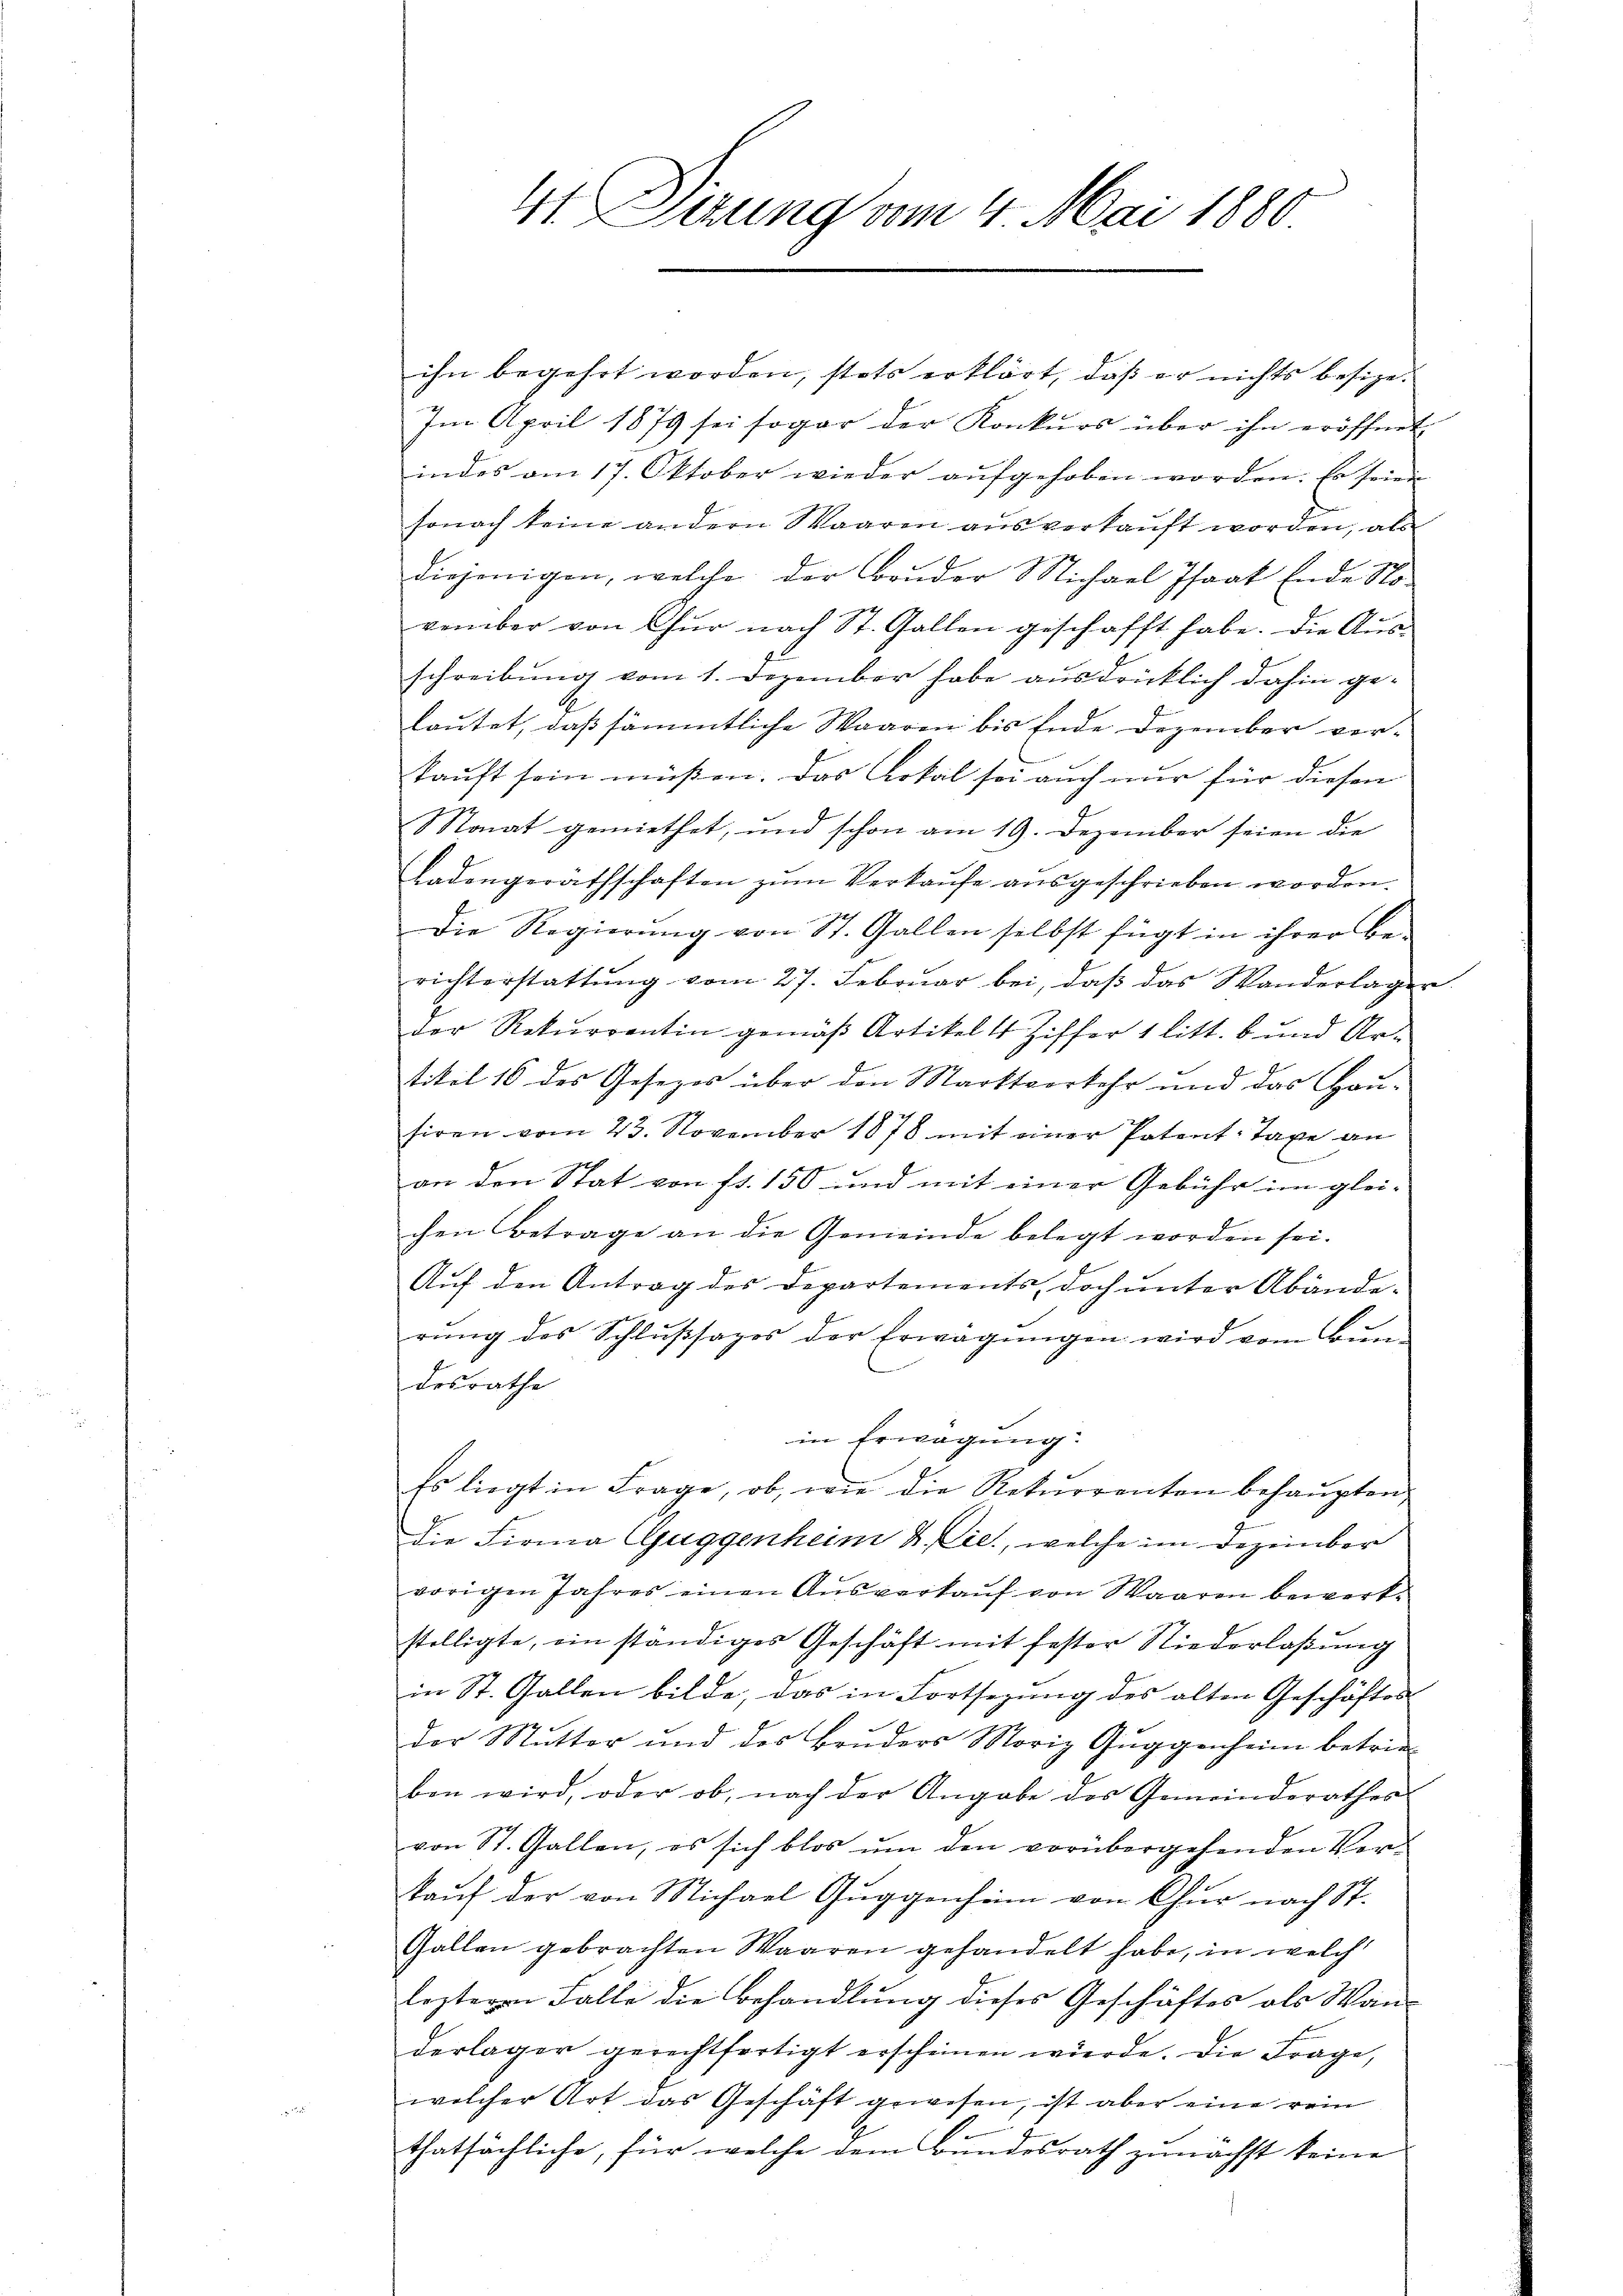
41. Dizung vom 4. Mai 1880

ihn begehrt worden, stets erklärt, daß er nichts besize¬
Im April 1879 sei sogar der Konkŭrs über ihn eröffnet
indes am 17. Oktober wieder aŭfgehoben worden. Es seien
sonach keine andern Waaren aus verkauft worden, als
diejenigen, welche der Bruder Michael Isaat Ende Sto-
vember von Chur nach St. Gallen geschafft habe. Die Ausschreibung vom 1. Dezember habe ausdrücklich dahin ge-
lautet, daß sämmtliche Waaren bis Ende Dezember verkauft sein müßen. Das Lokal sei auch nur für diesen
Monat gemiethet, und schon am 19. Dezember seien die
Ladengeräthschaften zŭm Verkaŭfe aŭsgeschrieben worden.
Die Regierŭng von St. Gallen selbst fügt in ihrer Be-
richterstattŭng vom 27. Februar bei, daβ das Wanderlager
der Rekurrentin gemäß Artikelst Ziffer 1 litt. b und Ar-
ttitel 16 des Gesezes über den Marktverkehr und das Hau-
siren vom 23. November 1878 mit einer Patent-Taxe an
an den Stat von fl. 150 und mit einer Gebühr im glei-
chen Betrage an die Gemeinde belegt worden sei.
Auf den Antrag des Departements, doch unter Abänderung des Schlussages der Erwägungen wird vom Bun-
desrathe
in Erwägung
Es liegt in Frage, ob, wie die Rekurrenten behaupten,
die Firma Guggenheim & Cie, welche im Dezember
vorigen Jahres einen Aŭsverkaŭf von Waaren bewerk-
stelligte, ein ständiges Geschäft mit fester Niederlaßung
in St. Gallen bilde, das in Fortsezung des alten Geschäftes
der Mutter und des Bruders Moriz Guggenheim betrieben wird, oder ob, nach der Angabe des Gemeinderathes
von St. Gallen, es sich blos ŭm den vorübergehenden Ver-
kaŭf der von Michael Guggenheim von Chur nach St.
Gallen gebrachten Waaren gehandelt habe, in welch
lezteren Falle die Behandlung dieses Geschäftes als Wan-
derlager gerechtfertigt erscheinen würde. Die Frage,
welcher Art das Geschäft gewesen, ist aber eine rein
thatsächliche, für welche dem Bundesrath zunächst keine